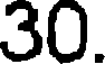
30.